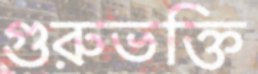
গুরুভক্তি